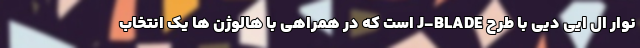
نوار ال ایی دیی با طرح J-BLADE است که در همراهی با هالوژن ها یک انتخاب